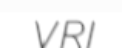
VRI